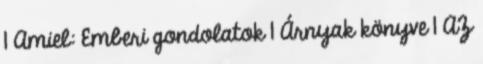
1 Amiel: Emberi gondolatok 1 Árnyak könyve 1 AZ